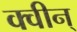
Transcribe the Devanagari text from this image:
क्वीन्